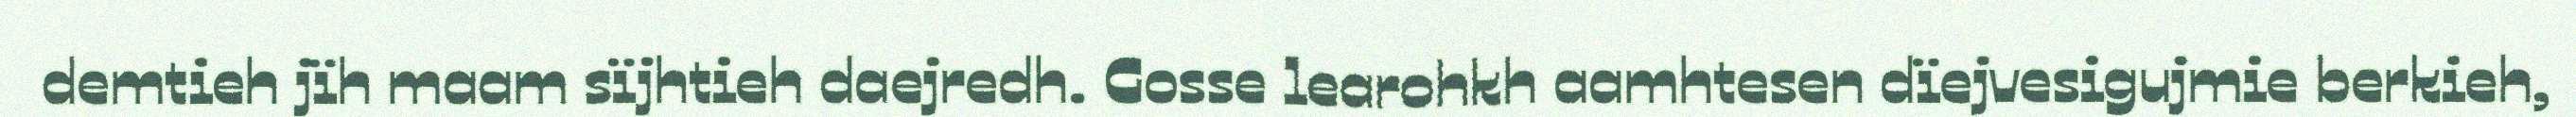
demtieh jïh maam sïjhtieh daejredh. Gosse learohkh aamhtesen dïejvesigujmie berkieh,